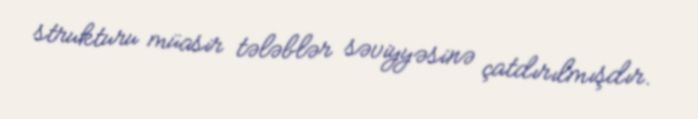
strukturu müasir tələblər səviyyəsinə çatdırılmışdır.